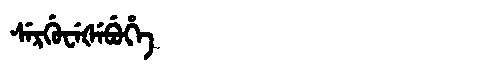
Manchu: ᠰᡝᡵᡤᡠᠸᡝᡧᡝᠪᡠᡥᡝ
Romanization: SERGUWEŠEBUHE